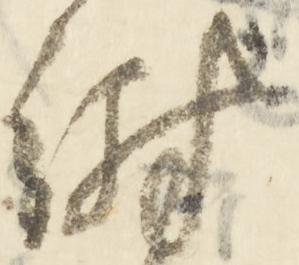
謝